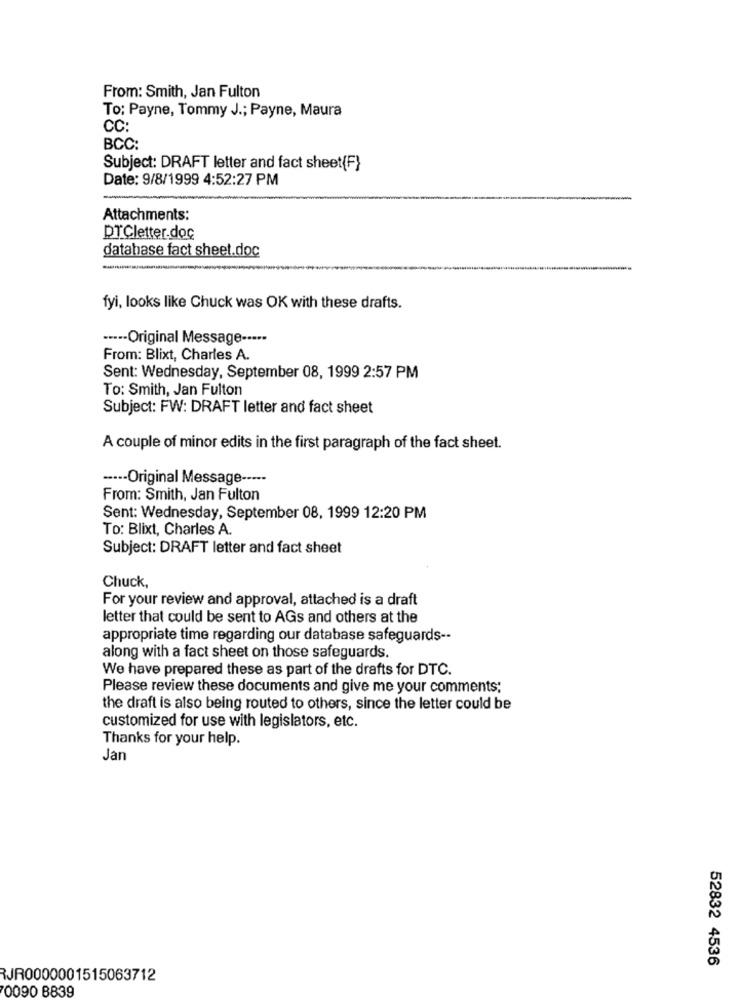
From: Smith, Jan Fulton
To: Payne, Tommy J .; Payne, Maura
CC:
BCC:
Subject: DRAFT letter and fact sheet(F}
Date: 9/8/1999 4:52:27 PM
Attachments:
DTCletter.doc
database fact sheet.doc
fyi, looks like Chuck was OK with these drafts.
····- Original Message -····
From: Blixt, Charles A.
Sent: Wednesday, September 08, 1999 2:57 PM
To: Smith, Jan Fulton
Subject: FW: DRAFT letter and fact sheet
A couple of minor edits in the first paragraph of the fact sheet.
···-- Original Message -----
From: Smith, Jan Fulton
Sent: Wednesday, September 08, 1999 12:20 PM
To: Blixt, Charles A.
Subject: DRAFT letter and fact sheet
Chuck,
For your review and approval, attached is a draft
letter that could be sent to AGs and others at the
appropriate time regarding our database safeguards --
along with a fact sheet on those safeguards.
We have prepared these as part of the drafts for DTC.
Please review these documents and give me your comments;
the draft is also being routed to others, since the letter could be
customized for use with legislators, etc.
Thanks for your help.
Jan
52832 4536
RJR0000001515063712
0090 8839